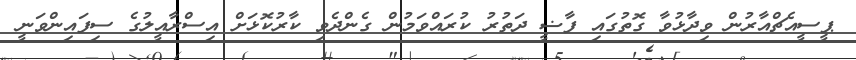
ޕީސީއެޗްއާރުން ވިދާޅުވާ ގޮތުގައި ފާޟީ ދަތުރު ކުރައްވަމުން ގެންދެވި ކާރުކޮޅަށް އިސްރާއީލުގެ ސިފައިންވަނީ